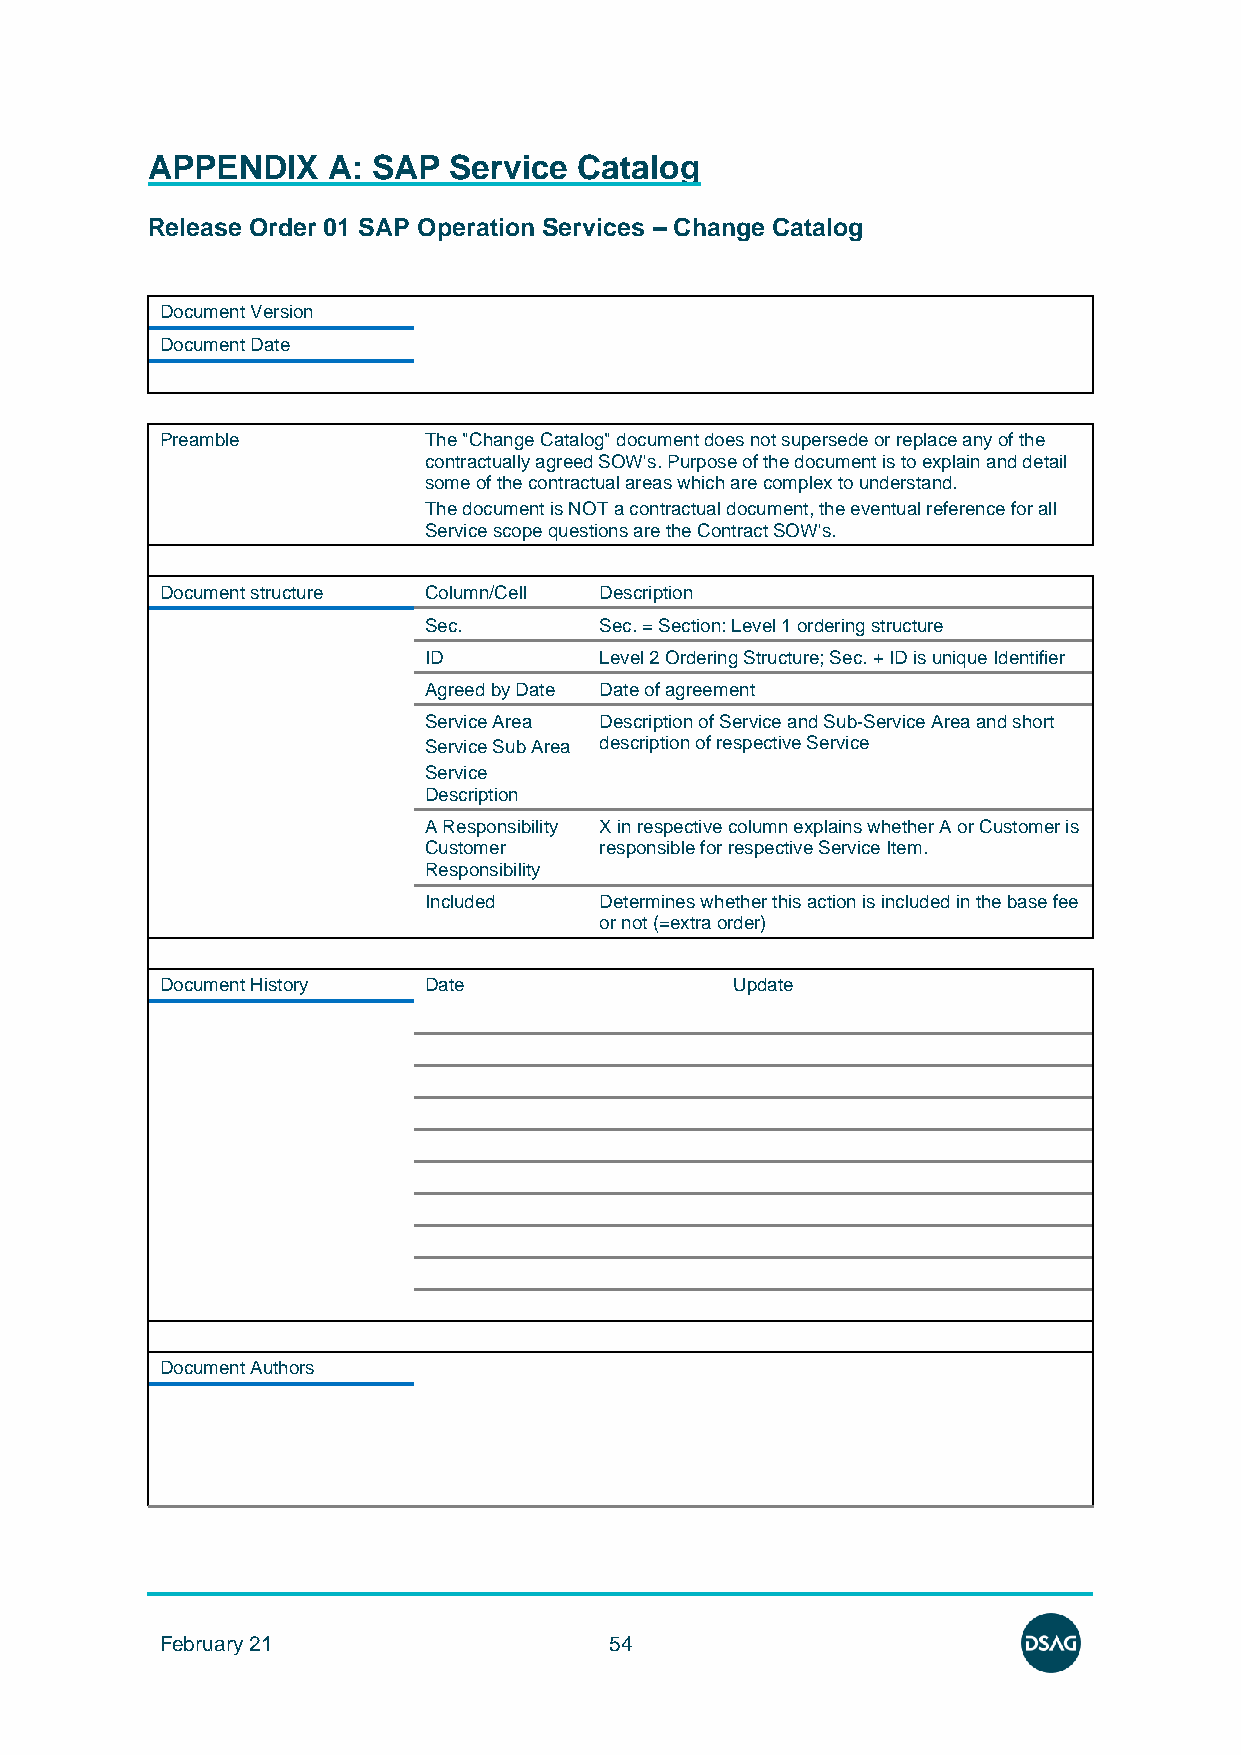
APPENDIX    A: SAP  Service Catalog
 Release Order 01 SAP Operation Services – Change Catalog
 Document Version
 Document Date
 Preamble         The "Change Catalog" document does not supersede or replace any of the
 contractually agreed SOW's. Purpose of the document is to explain and detail
 some of the contractual areas which are complex to understand.
 The document is NOT a contractual document, the eventual reference for all
 Service scope questions are the Contract SOW's.
 Document structure Column/Cell Description
 Sec.        Sec. = Section: Level 1 ordering structure
 ID          Level 2 Ordering Structure; Sec. + ID is unique Identifier
 Agreed by Date Date of agreement
 Service Area Description of Service and Sub-Service Area and short
 Service Sub Area description of respective Service
 Service
 Description
 A Responsibility X in respective column explains whether A or Customer is
 Customer    responsible for respective Service Item.
 Responsibility
 Included    Determines whether this action is included in the base fee
 or not (=extra order)
 Document History Date                 Update
 Document Authors
 February 21                  54